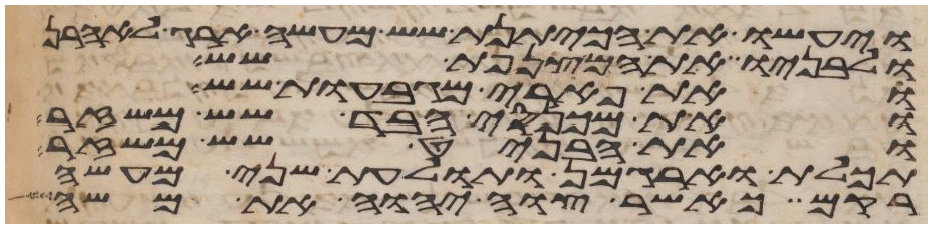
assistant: ויעשו את הכיתנת שש מעשה ארג לאהרן
ולבניו ואת המצנפת שש
ואת פארי המגבעות שש
ואת מכנסי הבד שש משזר
ואת האבניט שש משזר
תכלת וארגמן ותולעת שני מעשה
רקם כאשר צוה יהוה את משה